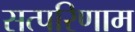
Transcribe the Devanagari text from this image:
सत्परिणाम